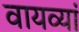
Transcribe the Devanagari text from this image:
वायव्यां